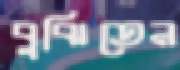
বুঝিতেন